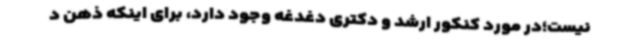
نیست؛در مورد کنکور ارشد و دکتری دغدغه وجود دارد، برای اینکه ذهن د